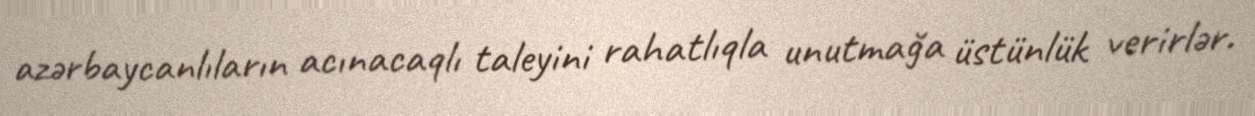
azərbaycanlıların acınacaqlı taleyini rahatlıqla unutmağa üstünlük verirlər.